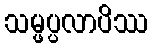
သမ္ဖပ္ပလာပိဿ